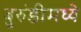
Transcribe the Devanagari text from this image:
बुरुंडीमध्ये